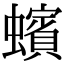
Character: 蠙